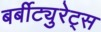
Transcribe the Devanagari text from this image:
बर्बीट्युरेट्स